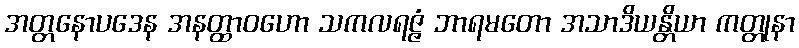
အတ္တနောပဒေန အနတ္ထာဝဟော သကလရဇ္ဇံ ဘာရမတော အသာဒိယန္တိယာ ကတ္တုနာ